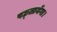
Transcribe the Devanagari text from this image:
पछ्तायेंगा।